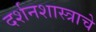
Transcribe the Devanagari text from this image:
दर्शनशास्त्राचे